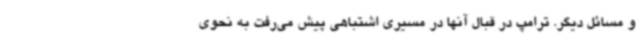
و مسائل دیگر. ترامپ در قبال آنها در مسیری اشتباهی پیش می‌رفت به نحوی